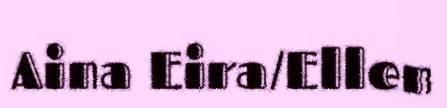
Aina Eira/Ellen